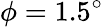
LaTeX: \phi=1.5^{\circ}